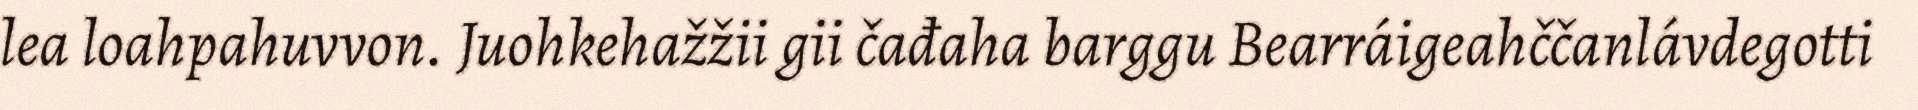
lea loahpahuvvon. Juohkehažžii gii čađaha barggu Bearráigeahččanlávdegotti